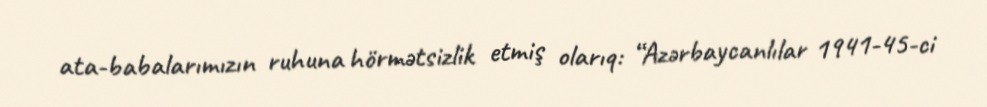
ata-babalarımızın ruhuna hörmətsizlik etmiş olarıq: “Azərbaycanlılar 1941-45-ci